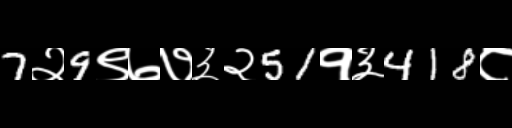
Text: 7२9९७७३२51१३418८